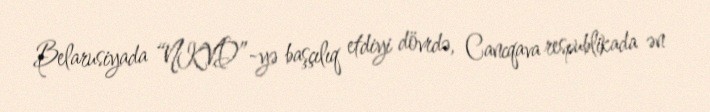
Belarusiyada “NKVD”-yə başçılıq etdiyi dövrdə, Cancqava respublikada ən